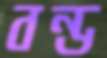
বন্ড